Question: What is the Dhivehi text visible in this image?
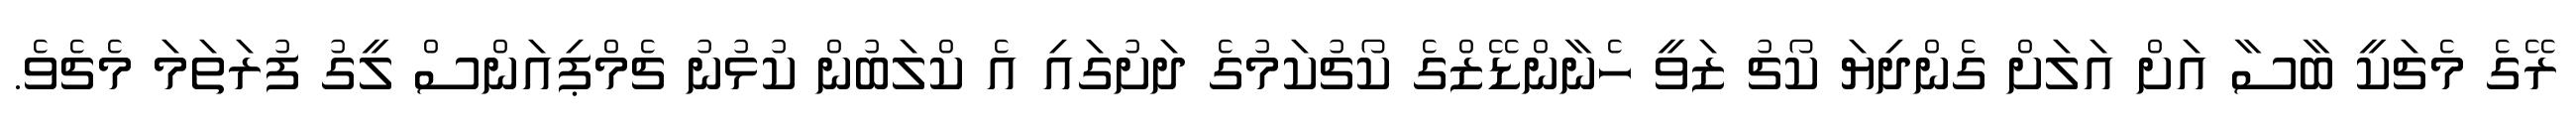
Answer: ރޭގެ މެޗަކީ ބާސާ އަށް އަލަށް ގެންދިޔަ ކޯޗު ޒަވީ ހެނާންޑޭޒްގެ ކޯޗުކަމުގެ ދަށުގައި އެ ކްލަބުން ކުޅުނު ޗެމްޕިއަންސް ލީގު ފުރަތަމަ މެޗެވެ.